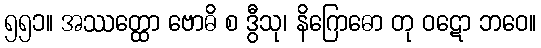
၅၅၁။ အဿတ္ထော ဗောဓိ စ ဒွီသု၊ နိဂြောဓော တု ဝဋော ဘဝေ။